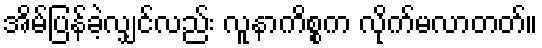
အိမ်ပြန်ခဲ့လျှင်လည်း လူနာကိစ္စက လိုက်မလာတတ်။